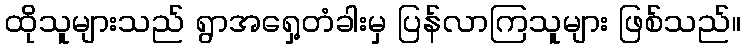
ထိုသူများသည် ရွာအရှေ့တံခါးမှ ပြန်လာကြသူများ ဖြစ်သည်။